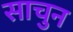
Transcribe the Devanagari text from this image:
साचुन